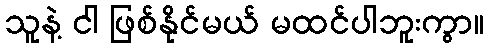
သူနဲ့ ငါ ဖြစ်နိုင်မယ် မထင်ပါဘူးကွာ။